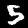
Digit: 5